Vaccination in the Punjab 1919-1929 - 1919-1929
Year: 1919
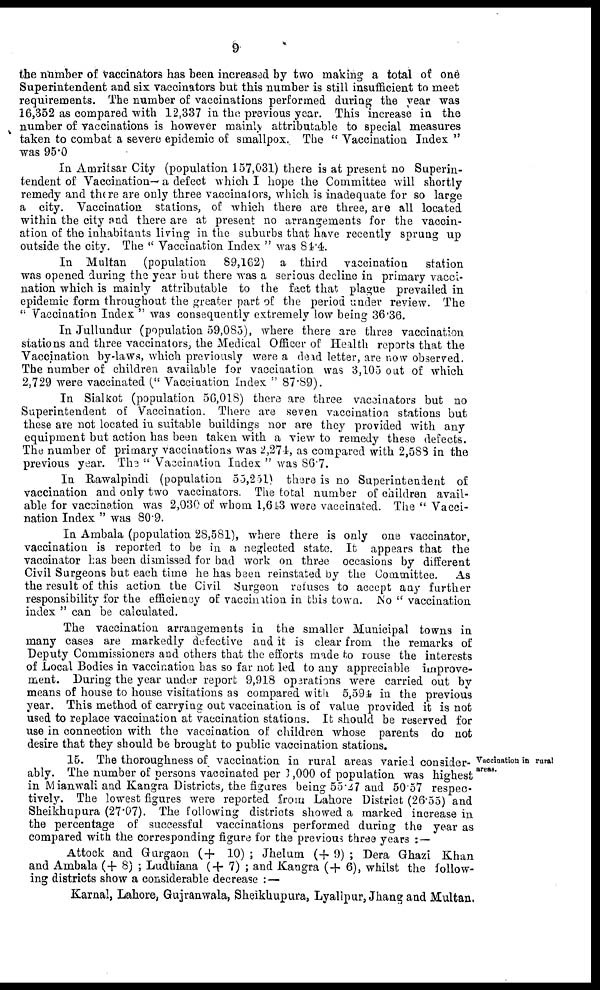
9
the number of vaccinators has been increased by two making a total of one
Superintendent and six vaccinators but this number is still insufficient to meet
requirements. The number of vaccinations performed during the year was
16,352 as compared with 12,337 in the previous year. This increase in the
number of vaccinations is however mainly attributable to special measures
taken to combat a severe epidemic of smallpox. The "Vaccination Index"
was 95.0
In Amritsar City (population 157,031) there is at present no Superin-
tendent of Vaccination— a defect which I hope the Committee will shortly
remedy and there are only three vaccinators, which is inadequate for so large
a city. Vaccination stations, of which there are three, are all located
within the city and there are at present no arrangements for the vaccin-
ation of the inhabitants living in the suburbs that have recently sprung up
outside the city. The "Vaccination Index" was 84.4.
In Multan
(population
89,162) a third vaccination
station
was opened during the year but there was a serious decline in primary vacci-
nation which is mainly attributable to the fact that plague prevailed in
epidemic form throughout the greater part of the period under review. The
"Vaccination Index" was consequently extremely low being 36.36.
In Jullundur (population 59,085), where there are three vaccination
stations and three vaccinators, the Medical Officer of Health reports that the
Vaccination by-laws, which previously were a dead letter, are now observed.
The number of children available for vaccination was 3,105 out of which
2,729 were vaccinated ("Vaccination Index" 87.89).
In Sialkot (population 56,018) there are three vaccinators but no
Superintendent of Vaccination. There are seven vaccination stations but
these are not located in suitable buildings nor are they provided with any
equipment but action has been taken with a view to remedy these defects.
The number of primary vaccinations was 2,271, as compared with 2,588 in the
previous year. The "Vaccination Index" was 86.7.
In Rawalpindi (population 55,251) there is no Superintendent of
vaccination and only two vaccinators. The total number of children avail-
able for vaccination was 2,030 of whom 1,643 were vaccinated. The "Vacci-
nation Index" was 80.9.
In Ambala (population 28,581), where there is only one vaccinator,
vaccination is reported to be in a neglected state. It appears that the
vaccinator has been dismissed for bad work on three occasions by different
Civil Surgeons but each time he has been reinstated by the Committee.
As
the result of this action the Civil Surgeon refuses to accept any further
responsibility for the efficiency of vaccination in this town. No "vaccination
index " can be calculated.
The vaccination arrangements in the smaller Municipal towns in
many cases are markedly defective and it is clear from the remarks of
Deputy Commissioners and others that the efforts made to rouse the interests
of Local Bodies in vaccination has so far not led to any appreciable improve-
ment. During the year under report 9,918 operations were carried out by
means of house to house visitations as compared with 5,594 in the previous
year. This method of carrying out vaccination is of value provided it is not
used to replace vaccination at vaccination stations. It should be reserved for
use in connection with the vaccination of children whose parents do not
desire that they should be brought to public vaccination stations.
Vaccination in rural
areas.
15. The thoroughness of vaccination in rural areas varied consider-
ably. The number of persons vaccinated per 1,000 of population was highest
in Mianwali and Kangra Districts, the figures being 55.27 and 50.57 respec-
tively. The lowest figures were reported from Lahore District (26.55) and
Sheikhupura (27.07). The following districts showed a marked increase in
the percentage of successful vaccinations performed during the year as
compared with the corresponding figure for the previous three years : —
Attock and Gurgaon (+ 10) ; Jhelum (+ 9); Dera Ghazi Khan
and Ambala (+ 8); Ludhiana (+ 7); and Kangra (+ 6), whilst the follow-
ing districts show a considerable decrease : —
Karnal, Lahore, Gujranwala, Sheikhupura, Lyallpur, Jhang and Multan,